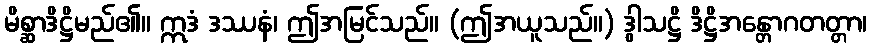
မိစ္ဆာဒိဋ္ဌိမည်၏။ ဣဒံ ဒဿနံ၊ ဤအမြင်သည်။ (ဤအယူသည်။) ဒွါသဋ္ဌိ ဒိဋ္ဌိအန္တောဂတတ္တာ၊